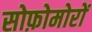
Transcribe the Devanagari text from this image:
सोफ़ोमोरों